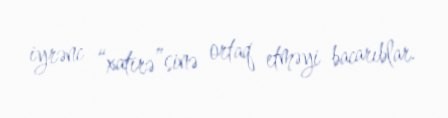
iyrənc “xatirə”sinə ortaq etməyi bacarıblar.